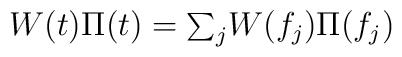
W(t)\Pi(t)=\mbox{$\sum_j$}W(f_j)\Pi(f_j)